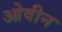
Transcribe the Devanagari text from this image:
ओवीन